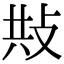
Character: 𢼦